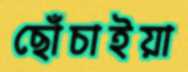
ছোঁচাইয়া